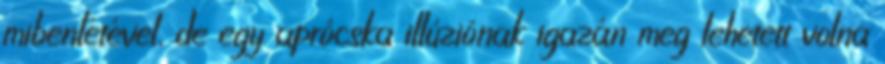
mibenlétével, de egy aprócska illúziónak igazán meg lehetett volna